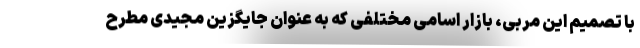
با تصمیم این مربی، بازار اسامی مختلفی که به عنوان جایگزین مجیدی مطرح